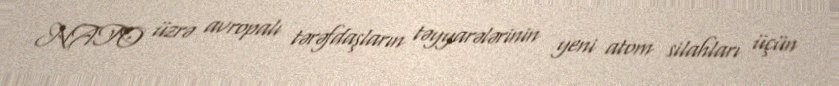
NATO üzrə avropalı tərəfdaşların təyyarələrinin yeni atom silahları üçün